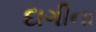
દાગીના